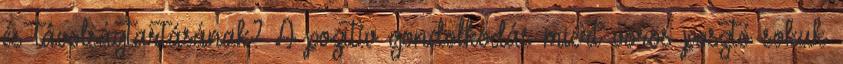
és távolságtartásának? A pozitív gondolkodás miért vörös posztó sokuk